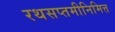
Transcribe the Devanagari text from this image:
रथसप्तमीनिमित्त